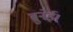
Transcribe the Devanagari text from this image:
ब्रुनेई।